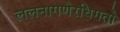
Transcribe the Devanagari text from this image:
ललनागणैरधिगतो